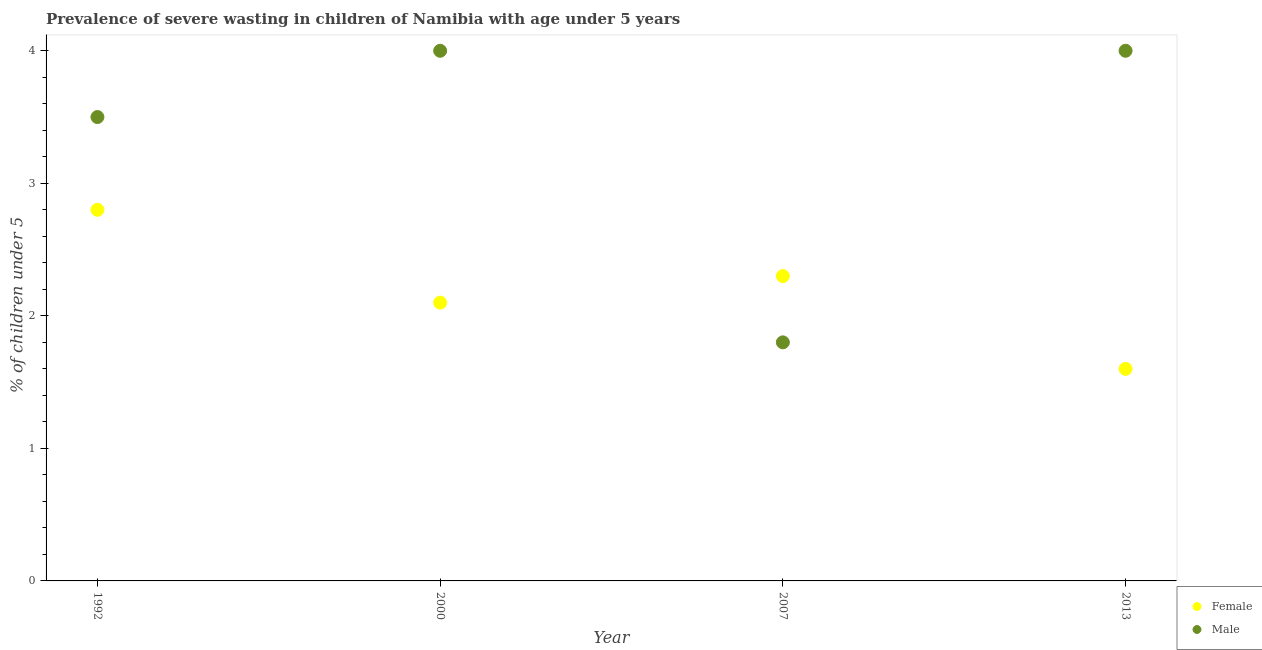
| Year | Female | Male |
 | --- | --- | --- |
 | 1992 | 2.8 | 3.5 |
 | 2000 | 2.1 | 4 |
 | 2007 | 2.3 | 1.8 |
 | 2013 | 1.6 | 4 |